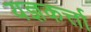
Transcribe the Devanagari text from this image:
यज्ञकर्त्ता